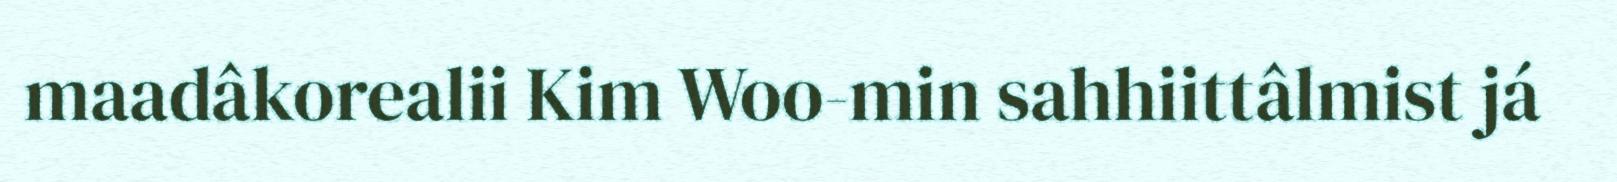
maadâkorealii Kim Woo-min sahhiittâlmist já